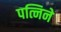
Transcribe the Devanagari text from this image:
पत्निने